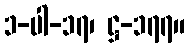
၁-ပါ-၁၇၊ ဋ္ဌ-၁၇၇။